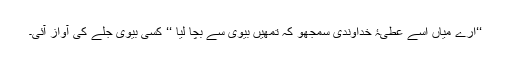
‘‘ارے میاں اسے عطیۂ خداوندی سمجھو کہ تمھیں بیوی سے بچا لیا ‘‘ کسی بیوی جلے کی آواز آئی۔